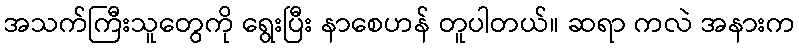
အသက်ကြီးသူတွေကို ရွေးပြီး နာစေဟန် တူပါတယ်။ ဆရာ ကလဲ အနားက